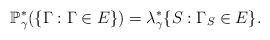
LaTeX: \begin{align*}\mathbb P^*_\gamma(\{\Gamma: \Gamma\in E\})= \lambda^*_\gamma\{ S: \Gamma_{S}\in E\}.\end{align*}